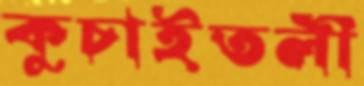
কুচাইতলী